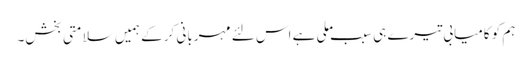
ہم کو کامیابی تیرے ہی سبب ملی ہے اس لئے مہربانی کر کے ہمیں سلامتی بخش۔